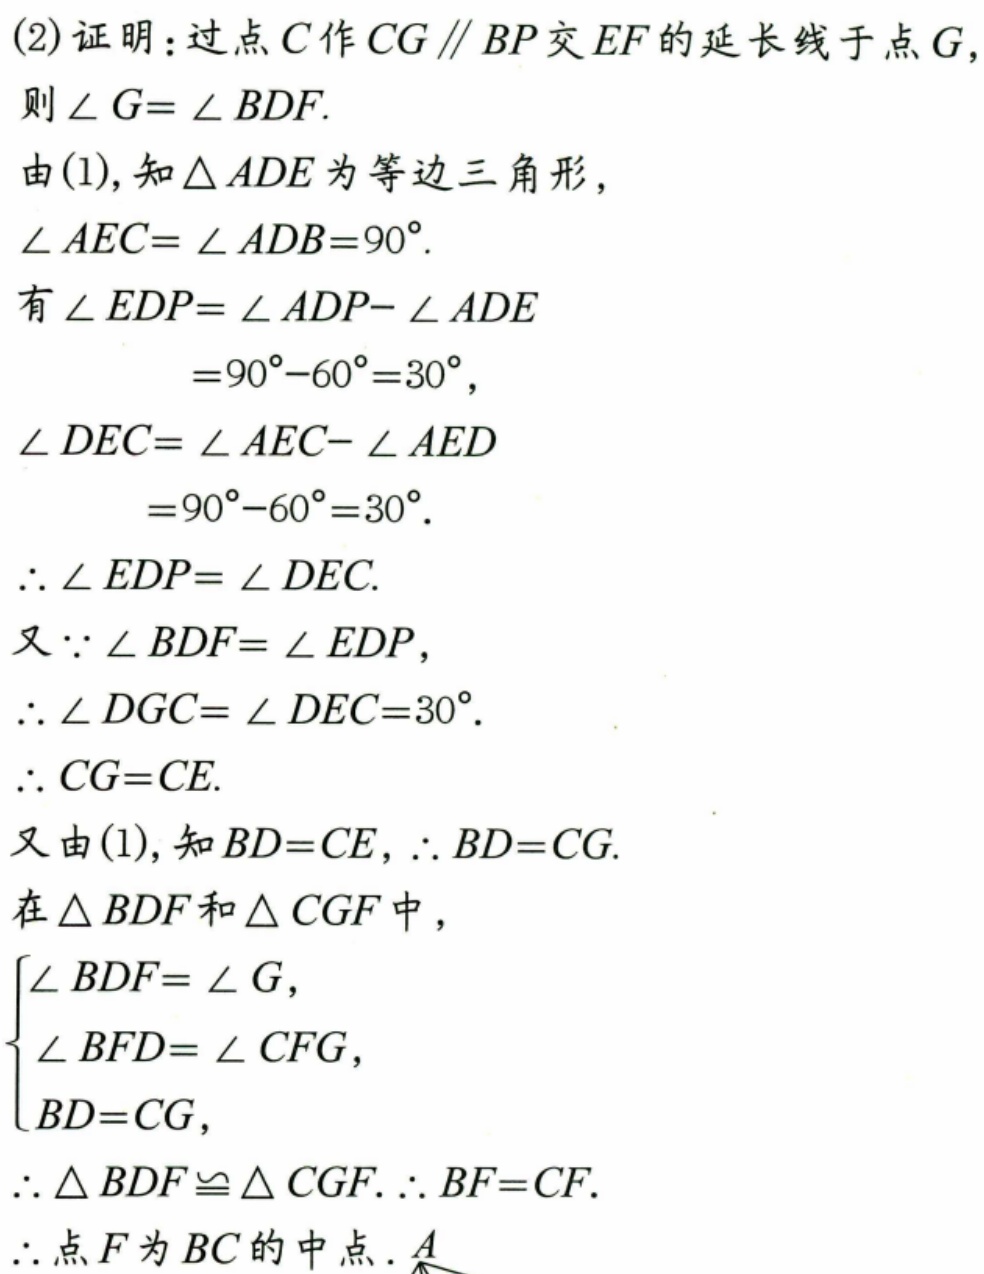
(2)证明：过点\(C\)作\(CG\parallel BP\)交\(EF\)的延长线于点\(G\)，
则\(\angle G = \angle BDF\).
由(1),知\(\triangle ADE\)为等边三角形，
\(\angle AEC=\angle ADB = 90^{\circ}\).
有\(\angle EDP=\angle ADP-\angle ADE\)
\(=90^{\circ}-60^{\circ}=30^{\circ}\)，
\(\angle DEC=\angle AEC-\angle AED\)
\(=90^{\circ}-60^{\circ}=30^{\circ}\).
\(\therefore\angle EDP = \angle DEC\).
又\(\because\angle BDF=\angle EDP\)，
\(\therefore\angle DGC=\angle DEC = 30^{\circ}\).
\(\therefore CG = CE\).
又由(1),知\(BD = CE\)，\(\therefore BD = CG\).
在\(\triangle BDF\)和\(\triangle CGF\)中，
\(\begin{cases}
\angle BDF=\angle G,\\
\angle BFD=\angle CFG,\\
BD = CG,
\end{cases}\)
\(\therefore\triangle BDF\cong\triangle CGF\). \(\therefore BF = CF\).
\(\therefore\)点\(F\)为\(BC\)的中点. \(A\)